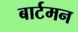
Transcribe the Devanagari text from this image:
बार्टमन